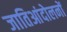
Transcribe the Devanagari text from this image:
जातिआंदोलनों